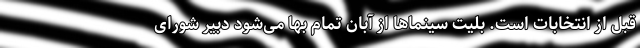
قبل از انتخابات است. بلیت سینماها از آبان تمام بها می‌شود دبیر شورای